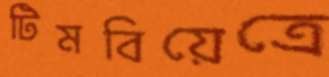
টিমবিয়েত্রে